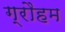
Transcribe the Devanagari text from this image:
ग्रौहम